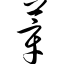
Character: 莘